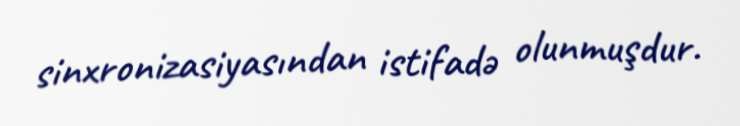
sinxronizasiyasından istifadə olunmuşdur.